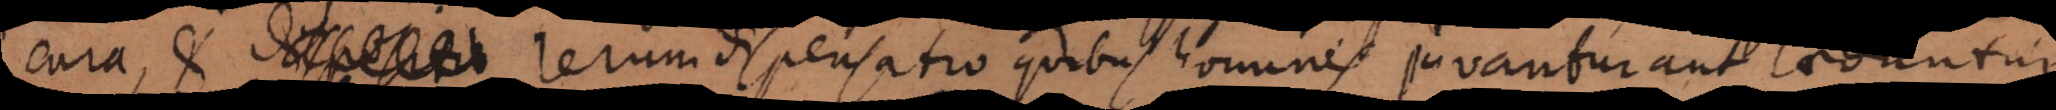
cura, et dispositio rerum dispensatio quibus homines juvantur aut laeduntur.